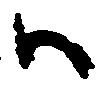
ハ